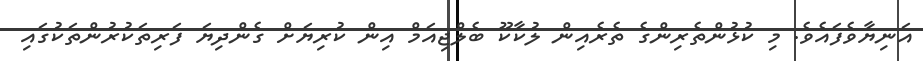
އަނިޔާވެފައެވެ. މި ކުޅުންތެރިންގެ ތެރެއިން ލުކާކޫ ބެލްޖިއަމް އިން ކުރިޔަށް ގެންދިޔަ ފަރިތަކުރުންތަކުގައި